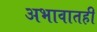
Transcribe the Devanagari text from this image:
अभावातही